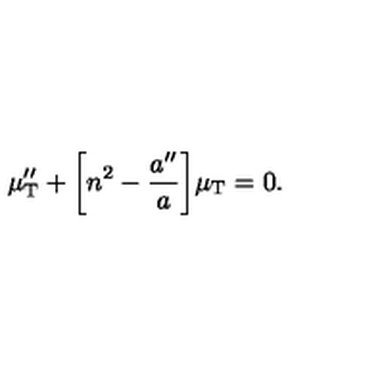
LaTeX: \mu _ { \mathrm { T } } ^ { \prime \prime } + \biggl [ n ^ { 2 } - \frac { a ^ { \prime \prime } } { a } \biggr ] \mu _ { \mathrm { T } } = 0 .